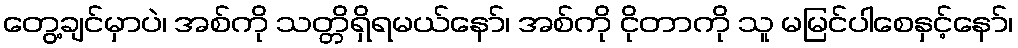
တွေ့ချင်မှာပဲ၊ အစ်ကို သတ္တိရှိရမယ်နော်၊ အစ်ကို ငိုတာကို သူ မမြင်ပါစေနှင့်နော်၊